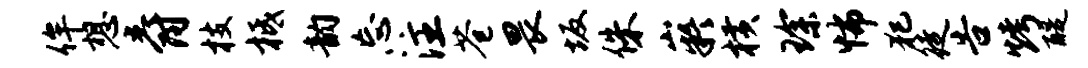
侔想爵枝柢韵忘注苍畏坂侏嶷横琛怖犯徒告烤醍